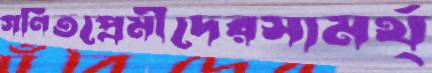
গণিতপ্রেমীদেরসামর্থ্